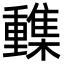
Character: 𨤹